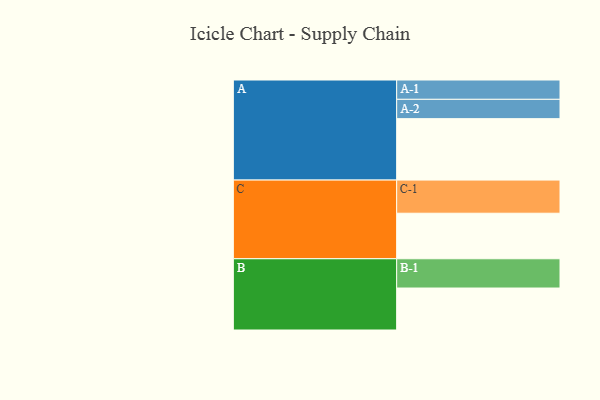
{"axis": {"x": "Segment", "y": "Value"}, "legend": ["", "A", "B", "C"], "data": [{"x": "A", "y": 537, "type": ""}, {"x": "B", "y": 367, "type": ""}, {"x": "C", "y": 398, "type": ""}, {"x": "A-1", "y": 169, "type": "A"}, {"x": "A-2", "y": 169, "type": "A"}, {"x": "B-1", "y": 256, "type": "B"}, {"x": "C-1", "y": 290, "type": "C"}]}